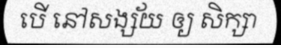
បើ នៅសង្ស័យ ឲ្យ សិក្សា